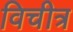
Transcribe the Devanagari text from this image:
विचीत्र